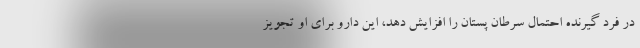
در فرد گیرنده احتمال سرطان پستان را افزایش دهد، این دارو برای او تجویز